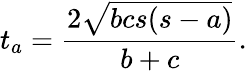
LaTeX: t_{a}={\frac{2{\sqrt{bcs(s-a)}}}{b+c}}.